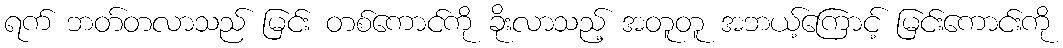
ရက် ဘတ်တလာသည် မြင်း တစ်ကောင်ကို ခိုးလာသည့် အတူတူ အဘယ့်ကြောင့် မြင်းကောင်းကို